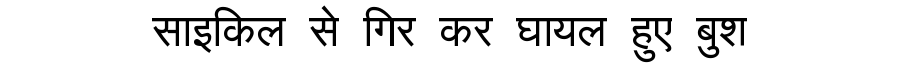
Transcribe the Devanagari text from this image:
साइकिल से गिर कर घायल हुए बुश